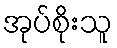
အုပ်စိုးသူ